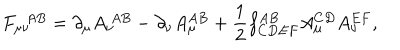
F _ { \mu \nu } ^ { ~ ~ A B } = \partial _ { \mu } A _ { \nu } ^ { ~ A B } - \partial _ { \nu } A _ { \mu } ^ { A B } + \frac { 1 } { 2 } f _ { C D E F } ^ { A B } A _ { \mu } ^ { C D } A _ { \nu } ^ { E F } ,